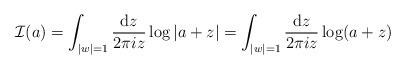
LaTeX: \begin{align*}\mathcal{I}(a) = \int_{|w|=1} \frac{\mathrm{d}z}{ 2 \pi i z } \log | a + z | = \int_{|w|=1} \frac{\mathrm{d}z}{ 2 \pi i z } \log( a + z )\end{align*}